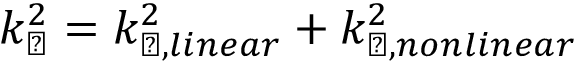
k _ { \perp } ^ { 2 } = k _ { \perp , l i n e a r } ^ { 2 } + k _ { \perp , n o n l i n e a r } ^ { 2 }